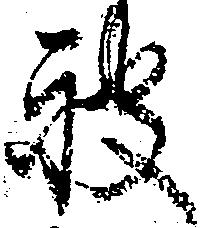
被